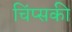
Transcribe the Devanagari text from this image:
चिंप्सकी